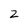
Character: 2